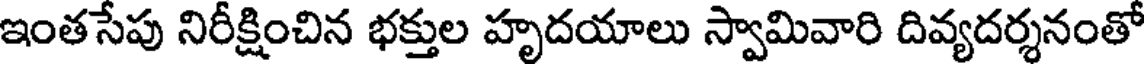
ఇంతసేపు నిరీక్షించిన భక్తుల హృదయాలు స్వామివారి దివ్యదర్శనంతో